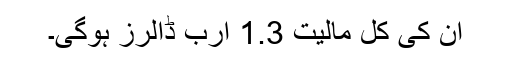
ان کی کل مالیت 1.3 ارب ڈالرز ہوگی۔